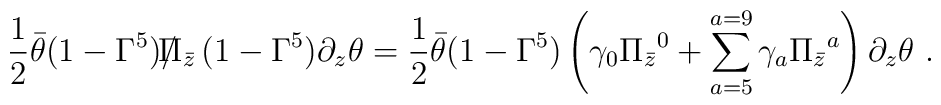
{1\over 2} \bar \theta   ( 1- \Gamma^5) {\slash \hskip -7pt {\Pi_{\bar z}}}\,( 1-\Gamma^5)\partial_z \theta = {1\over 2} \bar \theta   ( 1- \Gamma^5) \left( \gamma_0\Pi_{\bar z}{}^0 + \sum_{a=5}^{a=9}  \gamma_a \Pi_{\bar z}{}^a \right)\partial_z \theta \ .